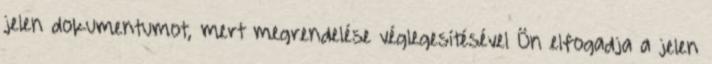
jelen dokumentumot, mert megrendelése véglegesítésével Ön elfogadja a jelen